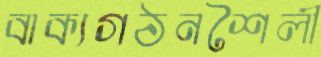
বাক্যগঠনশৈলী